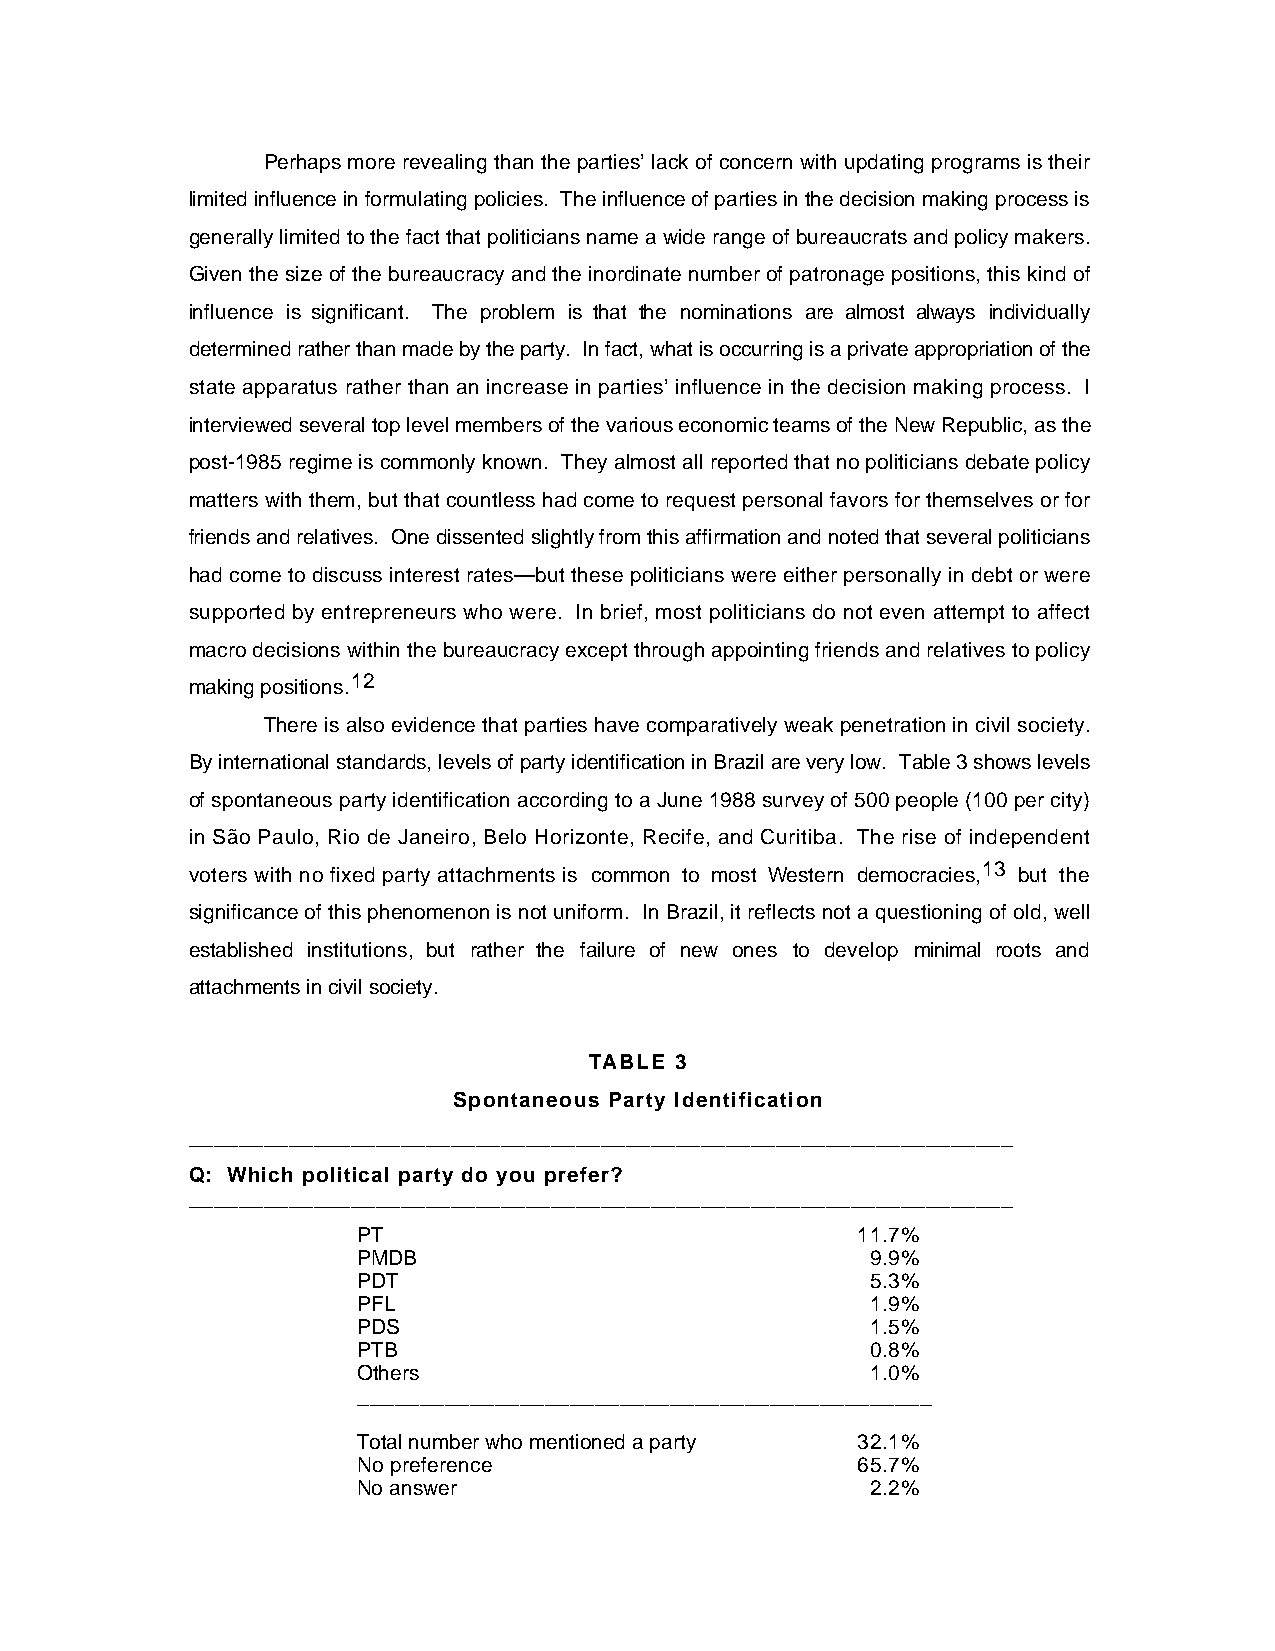
Perhaps more revealing than the parties’ lack of concern with updating programs is their
 limited influence in formulating policies. The influence of parties in the decision making process is
 generally limited to the fact that politicians name a wide range of bureaucrats and policy makers.
 Given the size of the bureaucracy and the inordinate number of patronage positions, this kind of
 influence is significant. The problem is that the nominations are almost always individually
 determined rather than made by the party. In fact, what is occurring is a private appropriation of the
 state apparatus rather than an increase in parties’ influence in the decision making process. I
 interviewed several top level members of the various economic teams of the New Republic, as the
 post-1985 regime is commonly known. They almost all reported that no politicians debate policy
 matters with them, but that countless had come to request personal favors for themselves or for
 friends and relatives. One dissented slightly from this affirmation and noted that several politicians
 had come to discuss interest rates—but these politicians were either personally in debt or were
 supported by entrepreneurs who were. In brief, most politicians do not even attempt to affect
 macro decisions within the bureaucracy except through appointing friends and relatives to policy
 making positions.12
 There is also evidence that parties have comparatively weak penetration in civil society.
 By international standards, levels of party identification in Brazil are very low. Table 3 shows levels
 of spontaneous party identification according to a June 1988 survey of 500 people (100 per city)
 in São Paulo, Rio de Janeiro, Belo Horizonte, Recife, and Curitiba. The rise of independent
 voters with no fixed party attachments is common to most Western democracies,13 but the
 significance of this phenomenon is not uniform. In Brazil, it reflects not a questioning of old, well
 established institutions, but rather the failure of new ones to develop minimal roots and
 attachments in civil society.
 TABLE 3
 Spontaneous Party Identification
 __________________________________________________________________
 Q: Which political party do you prefer?
 __________________________________________________________________
 PT                               11.7%
 PMDB                              9.9%
 PDT                               5.3%
 PFL                               1.9%
 PDS                               1.5%
 PTB                               0.8%
 Others                            1.0%
 ______________________________________________
 Total number who mentioned a party 32.1%
 No preference                    65.7%
 No answer                         2.2%